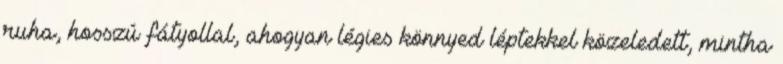
ruha, hosszú fátyollal, ahogyan légies könnyed léptekkel közeledett, mintha